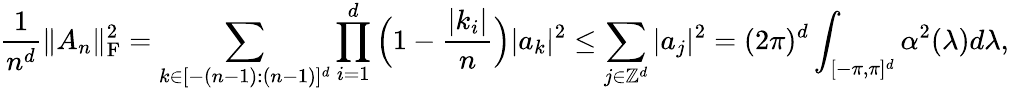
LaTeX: \frac{1}{n^{d}}\| A_{n}\| _{\mathrm{F}}^{2}=\sum_{k\in[-(n-1):(n-1)]^{d}}\prod_{i=1}^{d}\Big(1-\frac{|k_{i}|}{n}\Big)|a_{k}|^{2}\le\sum_{j\in\mathbb Z^{d}}|a_{j}|^{2}=(2\pi)^{d}\int_{[-\pi,\pi]^{d}}\alpha^{2}(\lambda)d\lambda,